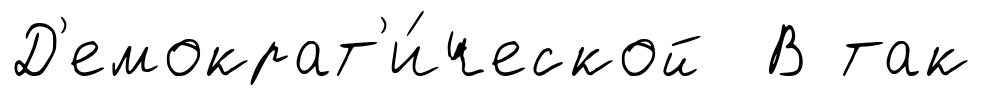
Д'емократ'и́ческой В так